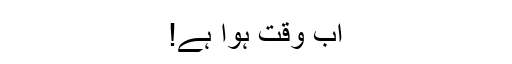
اب وقت ہوا ہے!